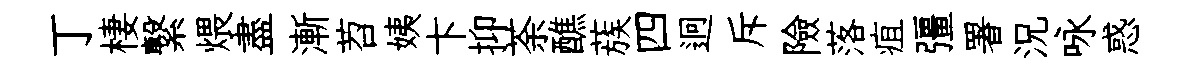
丁棲繋煨盡漸苕姨卞抑荼醮蔟四迥斥險落疽彊署況咏惑